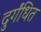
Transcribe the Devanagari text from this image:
दुर्गंधित